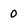
Character: 0